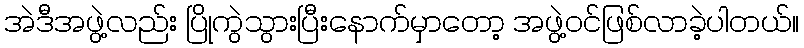
အဲဒီအဖွဲ့လည်း ပြိုကွဲသွားပြီးနောက်မှာတော့ အဖွဲ့ဝင်ဖြစ်လာခဲ့ပါတယ်။